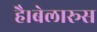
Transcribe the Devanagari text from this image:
है।बेलारूस